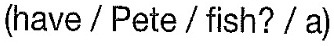
(have /Pete/ fish?/a)